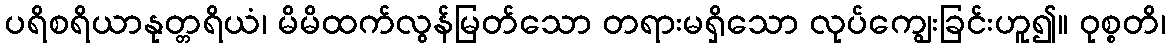
ပရိစရိယာနုတ္တရိယံ၊ မိမိထက်လွန်မြတ်သော တရားမရှိသော လုပ်ကျွေးခြင်းဟူ၍။ ဝုစ္စတိ၊